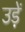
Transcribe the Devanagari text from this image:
उड़ें